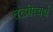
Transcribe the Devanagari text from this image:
तत्प्रीत्यर्थ